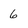
Character: 6